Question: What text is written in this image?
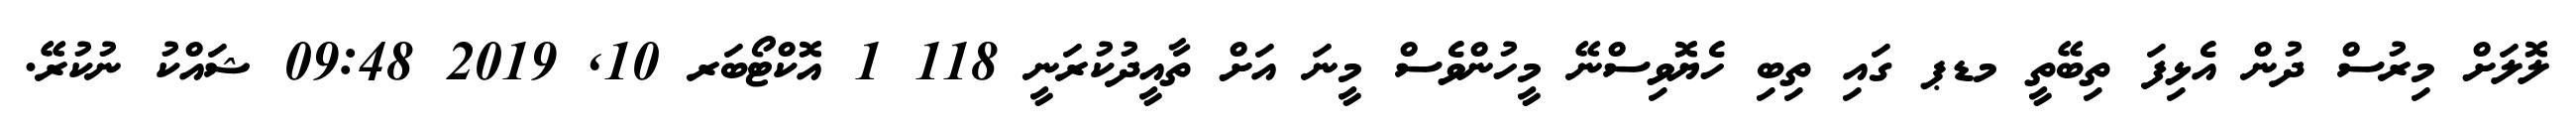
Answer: ލޮލަށް މިރުސް ދުން އެޅިފަ ތިބޭތީ މޑޕ ގައި ތިބި ހެޔޮވިސްނޭ މީހުންވެސް މީނަ އަށް ތާއީދުކުރަނީ 118 1 އޮކްޓޯބަރ 10, 2019 09:48 ޝައްކު ނުކުރޭ.